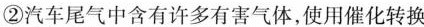
②汽车尾气中含有许多有害气体，使用催化转换